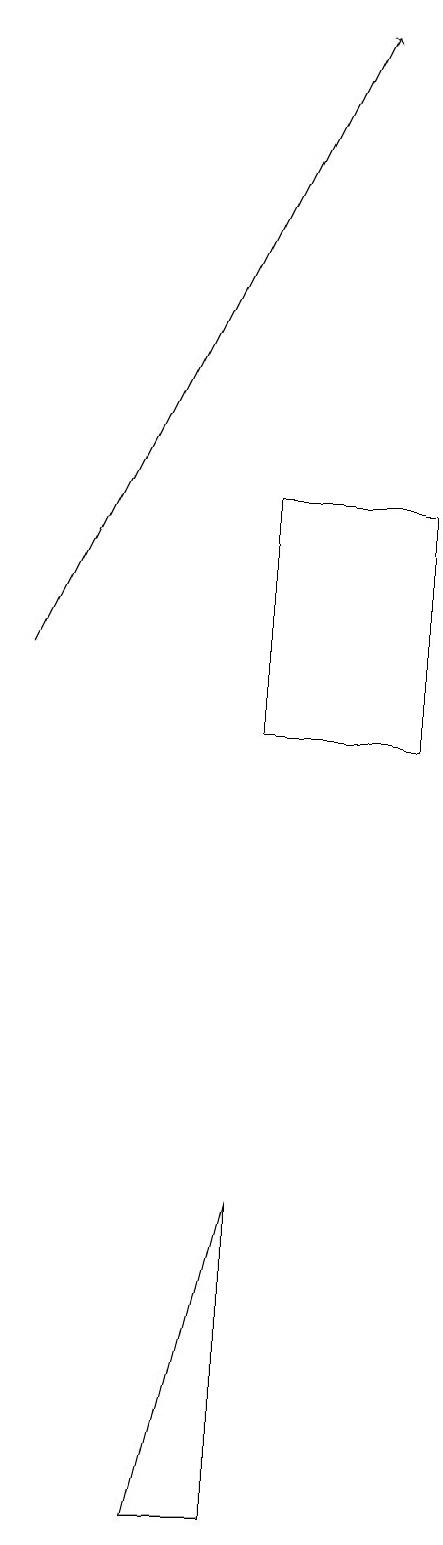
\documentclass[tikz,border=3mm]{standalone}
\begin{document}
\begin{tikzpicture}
\draw[->] (0,11) -- (4,19);
\draw (3,13) rectangle (5,10);
\draw (3,0) -- (3,4) -- (2,0) -- cycle;
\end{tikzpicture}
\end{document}